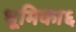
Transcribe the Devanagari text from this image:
भूमिका६